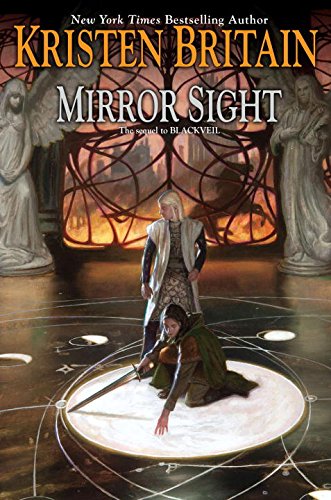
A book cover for Mirror Sight: Book Five of Green Rider; Kristen Britain; Science Fiction & Fantasy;